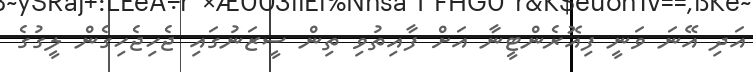
އަދި އޭނަ ވަނީ ފިއޮރެންޓީނާ އަށް ފާއިތުވި ތިން ސީޒަނުގައި ޖެހިޖެހިގެން ލީގުގެ